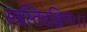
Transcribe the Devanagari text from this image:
स्वस्तिदक्षिणः।।